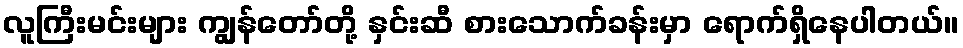
လူကြီးမင်းများ ကျွန်တော်တို့ နှင်းဆီ စားသောက်ခန်းမှာ ရောက်ရှိနေပါတယ်။